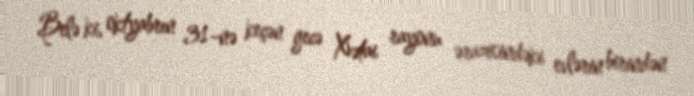
Belə ki, oktyabrın 31-nə keçən gecə Xətai rayonu ərazisindəki evlərin birindən